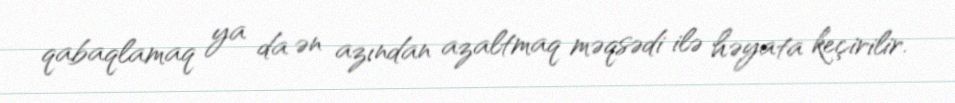
qabaqlamaq ya da ən azından azaltmaq məqsədi ilə həyata keçirilir.